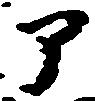
ア